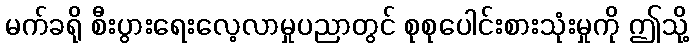
မက်ခရို စီးပွားရေးလေ့လာမှုပညာတွင် စုစုပေါင်းစားသုံးမှုကို ဤသို့